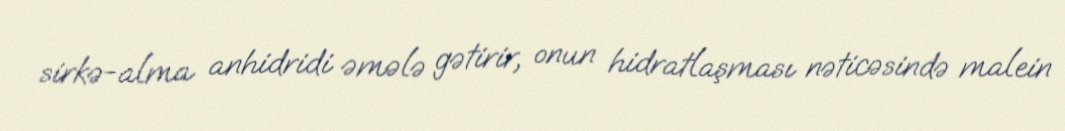
sirkə-alma anhidridi əmələ gətirir, onun hidratlaşması nəticəsində malein